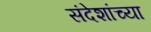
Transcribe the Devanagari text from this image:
संदेशांच्या